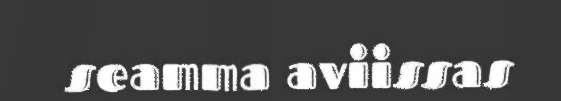
seamma aviissas